Punjab Mental Hospital Lahore 1932-46 - 1932-1946
Year: 1932
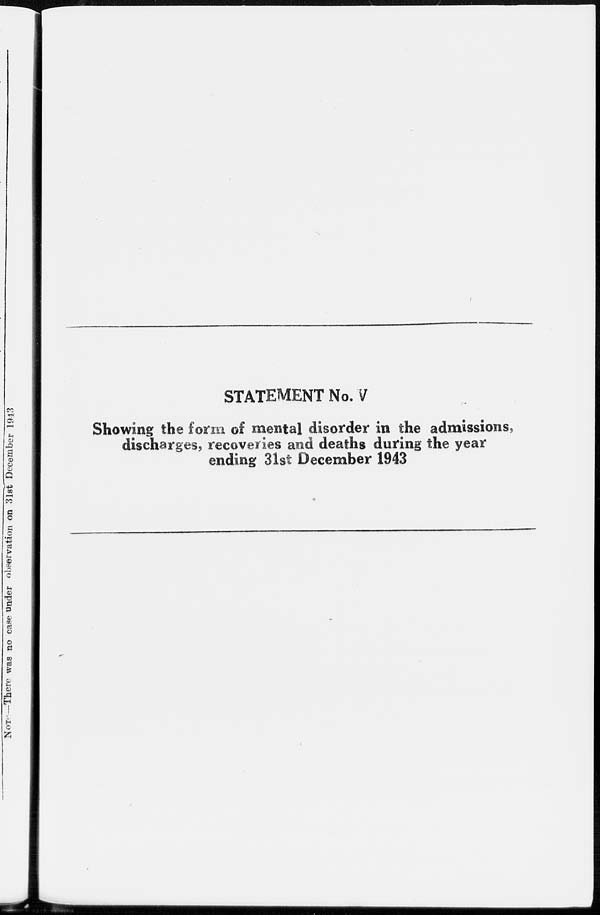
STATEMENT No. V
Showing the form of mental disorder in the admissions,
discharges, recoveries and deaths during the year
ending 31st December 1943